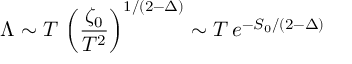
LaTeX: \Lambda \sim T \, \left( \frac { \zeta _ { 0 } } { T ^ { 2 } } \right) ^ { 1 / ( 2 - \Delta ) } \sim T \, e ^ { - S _ { 0 } / ( 2 - \Delta ) }